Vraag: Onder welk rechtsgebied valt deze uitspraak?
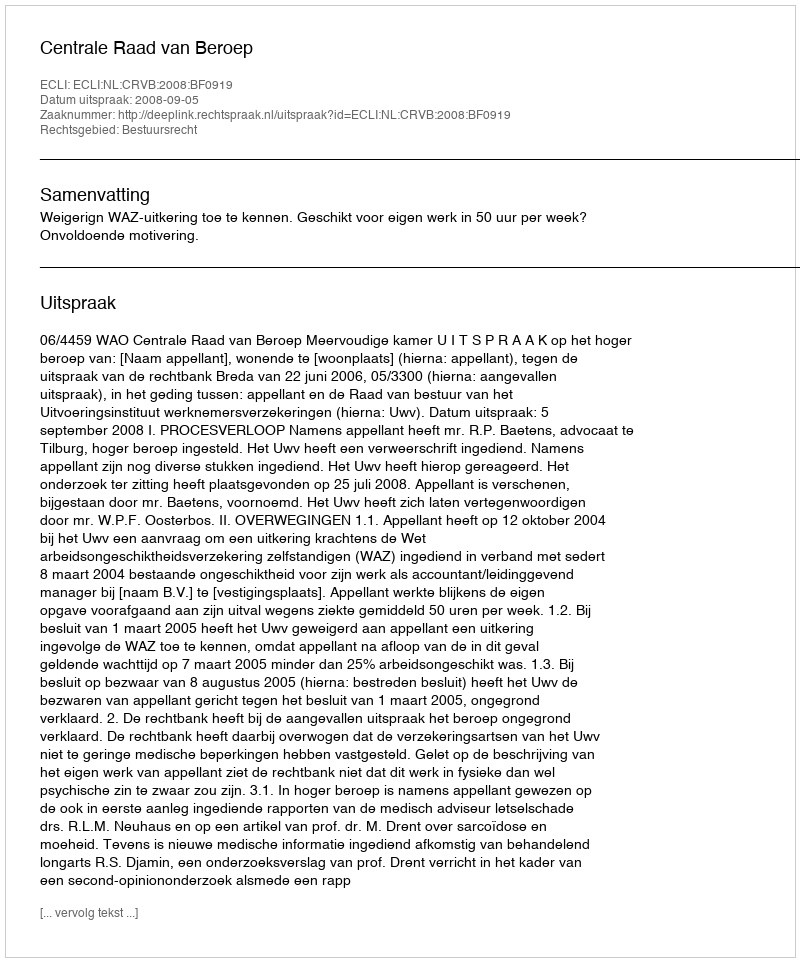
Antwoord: Bestuursrecht